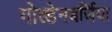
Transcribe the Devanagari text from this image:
गोल्डेनबर्जिया